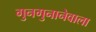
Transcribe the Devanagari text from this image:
गुनगुनानेवाला